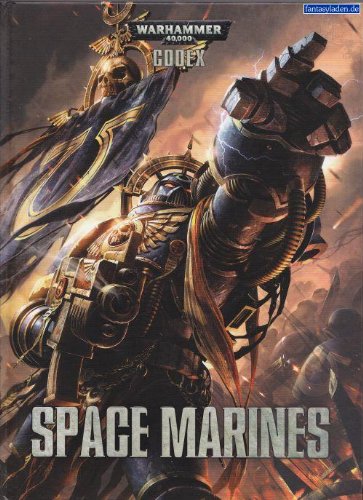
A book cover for Codex: Space Marines; Robin Cruddace; Sports & Outdoors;